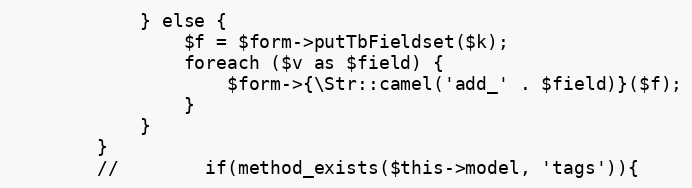
Language: PHP
            } else {
                $f = $form->putTbFieldset($k);
                foreach ($v as $field) {
                    $form->{\Str::camel('add_' . $field)}($f);
                }
            }
        }
        //        if(method_exists($this->model, 'tags')){